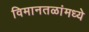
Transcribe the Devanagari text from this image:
विमानतळांमध्ये